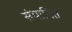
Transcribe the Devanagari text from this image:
संधानित